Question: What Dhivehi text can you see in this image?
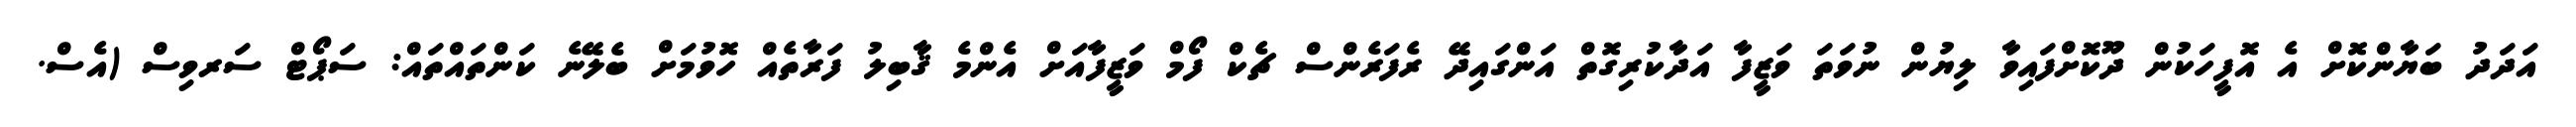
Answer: އަދަދު ބަޔާންކޮށް އެ އޮފީހަކުން ދޫކޮށްފައިވާ ލިޔުން ނުވަތަ ވަޒީފާ އަދާކުރިގޮތް އަންގައިދޭ ރެފަރެންސް ޗެކް ފޯމް ވަޒީފާއަށް އެންމެ ޤާބިލު ފަރާތެއް ހޮވުމަށް ބެލޭނެ ކަންތައްތައް: ސަޕޯޓް ސަރވިސް (އެސް.